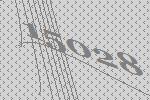
15028